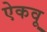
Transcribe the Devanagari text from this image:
ऐकवू